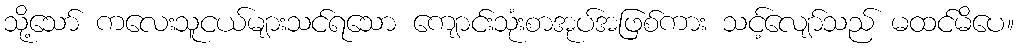
သို့သော် ကလေးသူငယ်များသင်ရသော ကျောင်းသုံးစာအုပ်အဖြစ်ကား သင့်လျော်သည် မထင်မိပေ။